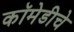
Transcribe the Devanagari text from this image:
कॉमेडीचे